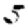
Digit: 5